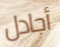
أجادل